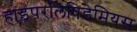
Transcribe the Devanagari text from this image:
हाइपरलिपिडेमियस